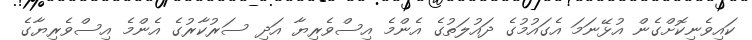
ކައިވެނިކޮށްގެން އުޅޭނަމަ އެގައުމުގެ ދައުލަތުގެ އެންމެ އިސްވެރިޔާ އަދި ސަރުކާރުގެ އެންމެ އިސްވެރިޔާގެ